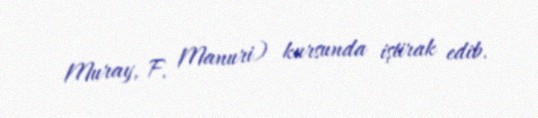
Muray, F. Manuri) kursunda iştirak edib.